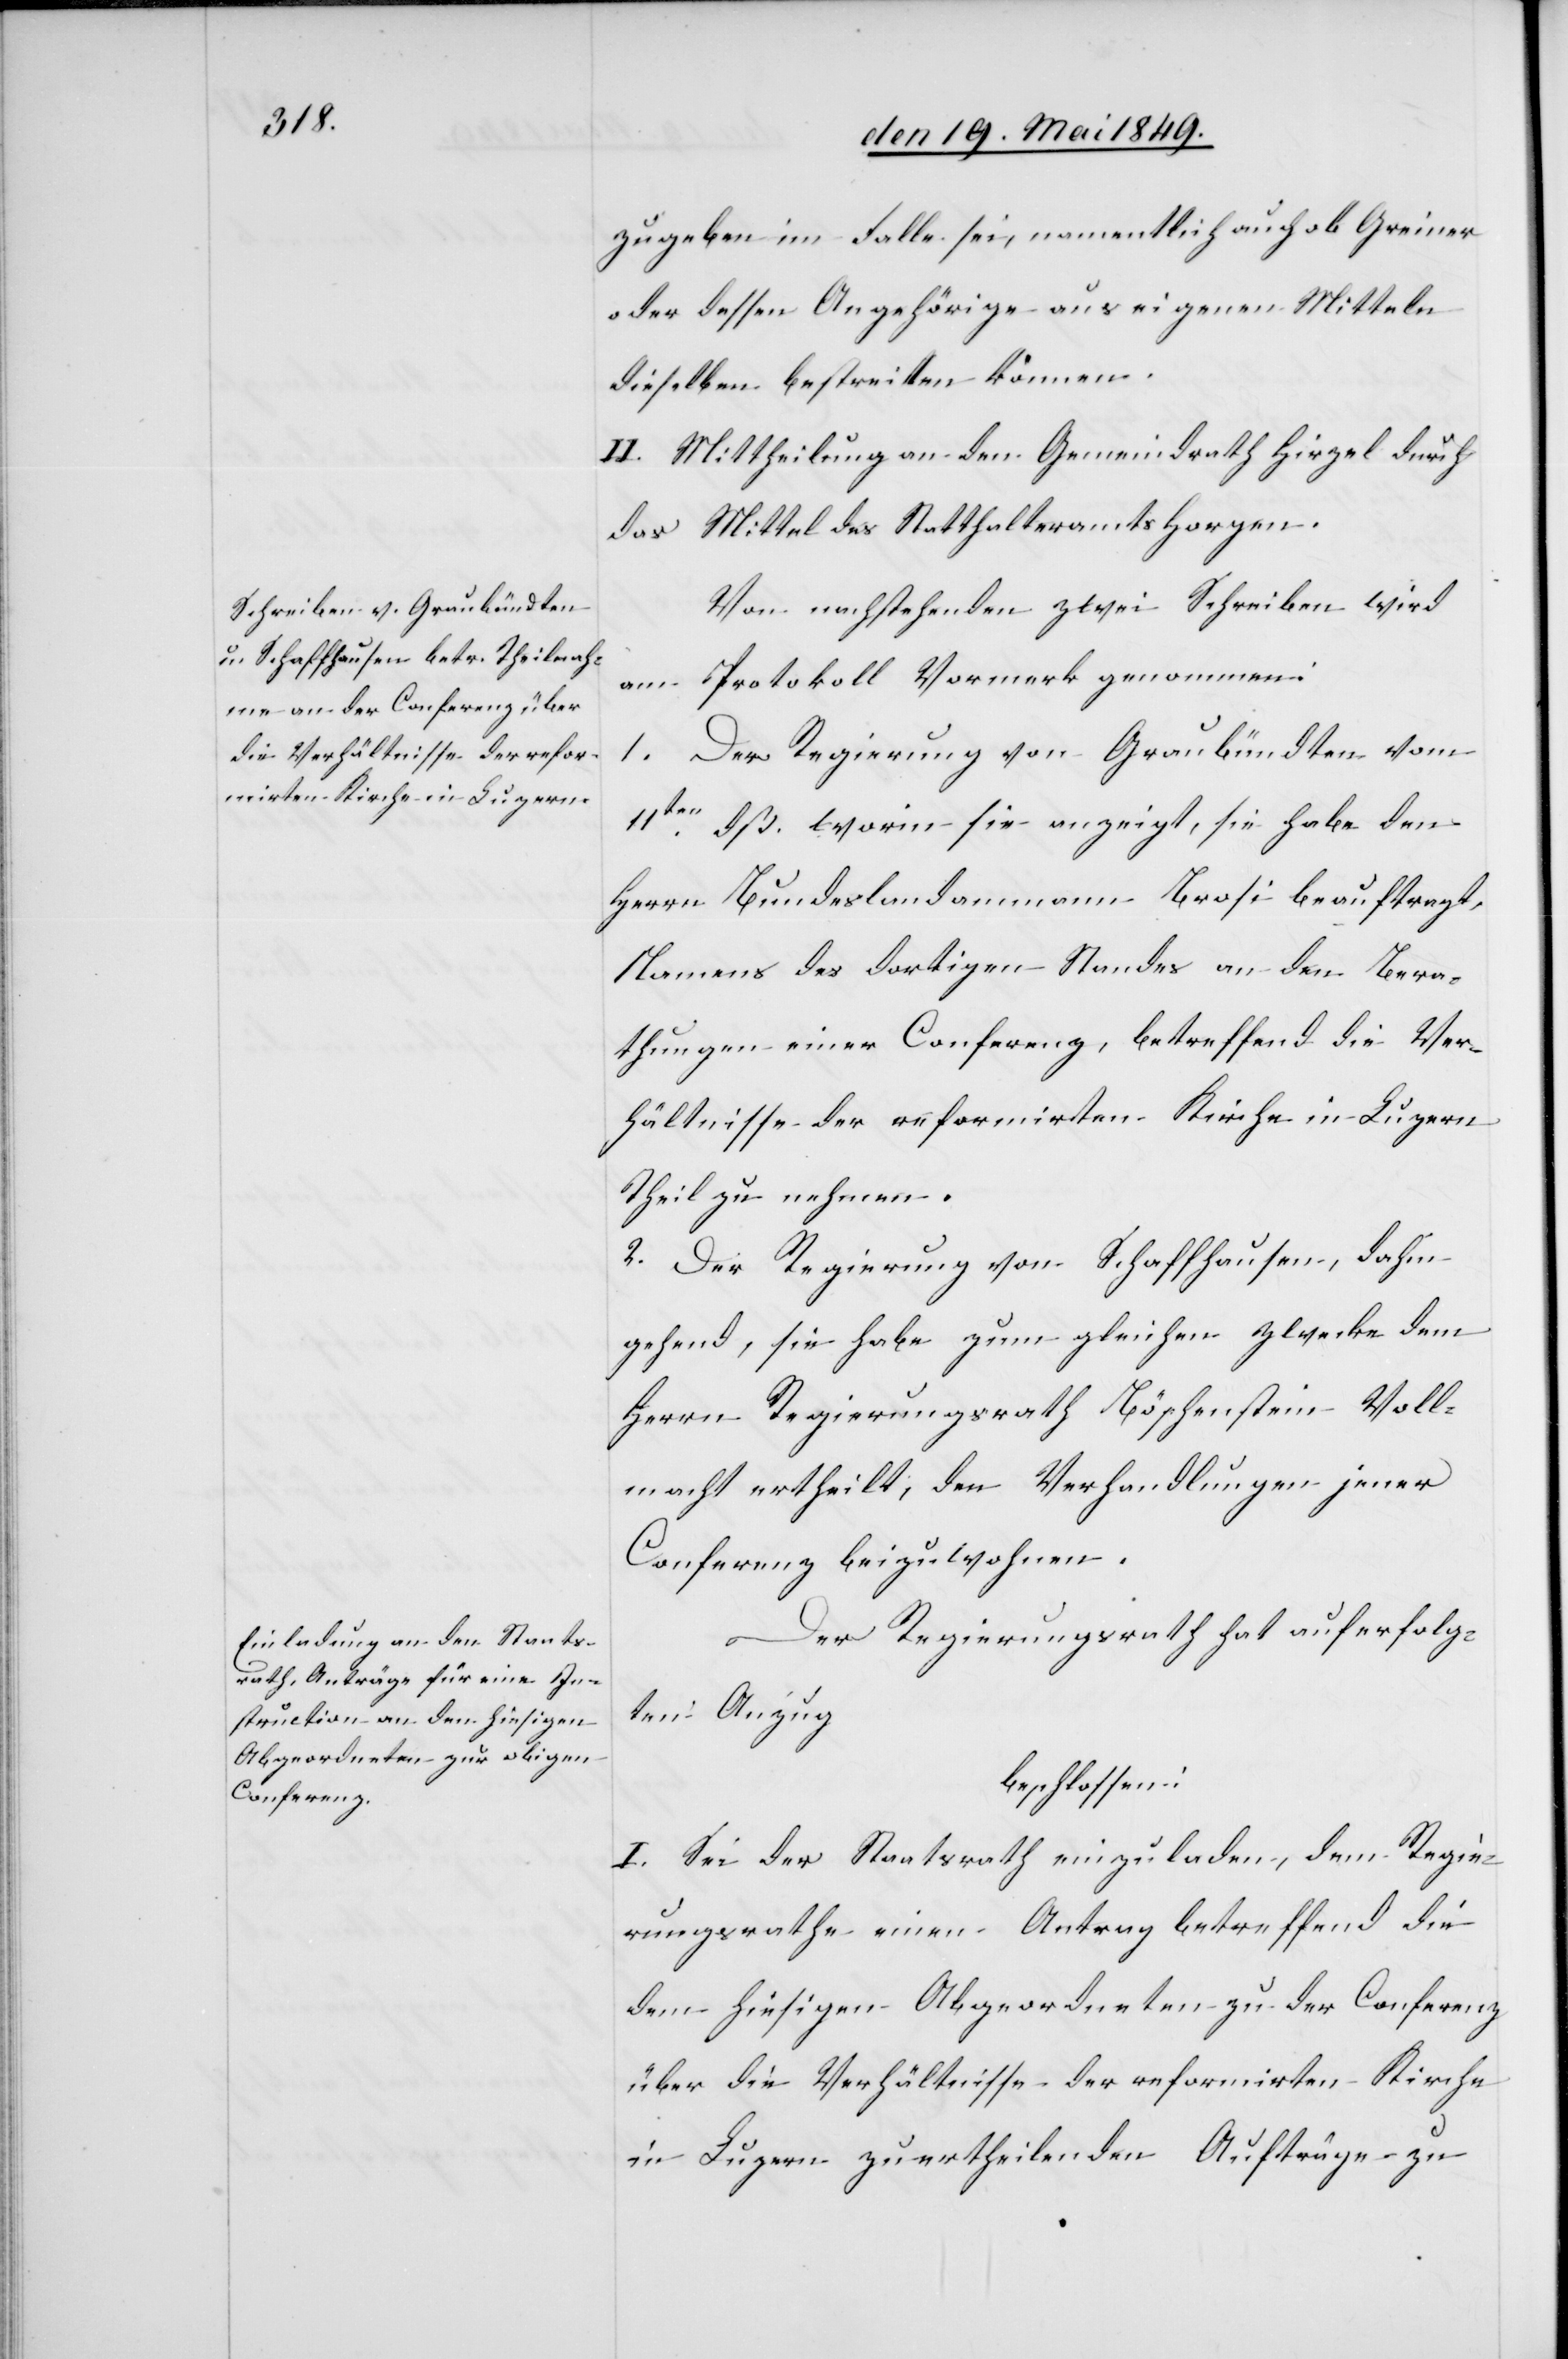
zugeben im Falle sei, namentlich auch ob Greiner
oder dessen Angehörige aus eigenen Mitteln
dieselben bestreiten können.
II. Mittheilung an den Gemeindrath Hirzel durch
das Mittel des Statthalteramts Horgen.
Von nachstehenden zwei Schreiben wird
am Protokoll Vormerk genommen:
1. Der Regierung von Graubündten vom
11ten dß. worin sie anzeigt, sie habe den
Herrn Bundeslandammann Brosi beauftragt,
Namens des dortigen Standes an den Bera¬
thungen einer Conferenz, betreffend die Ver¬
hältnisse der reformirten Kirche in Luzern
Theil zu nehmen.
2. Der Regierung von Schaffhausen, dahin
gehend, sie habe zum gleichen Zwecke dem
Herrn Regierungsrath Böschenstein Voll¬
macht ertheilt, den Verhandlungen jener
Conferenz beizuwohnen.
Der Regierungsrath hat auf erfolg¬
ten Anzug
beschlossen:
I. Sei der Staatsrath einzuladen, dem Regie¬
rungsrathe einen Antrag betreffend die
dem hiesigen Abgeordneten zu der Conferenz
über die Verhältnisse der reformirten Kirche
in Luzern zu ertheilenden Aufträge zu